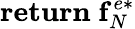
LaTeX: \mathbf{return}\; \mathbf{f}_{N}^{e*}